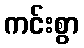
ကင်းစွာ